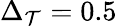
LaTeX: \Delta_{\mathcal{T}}=0.5